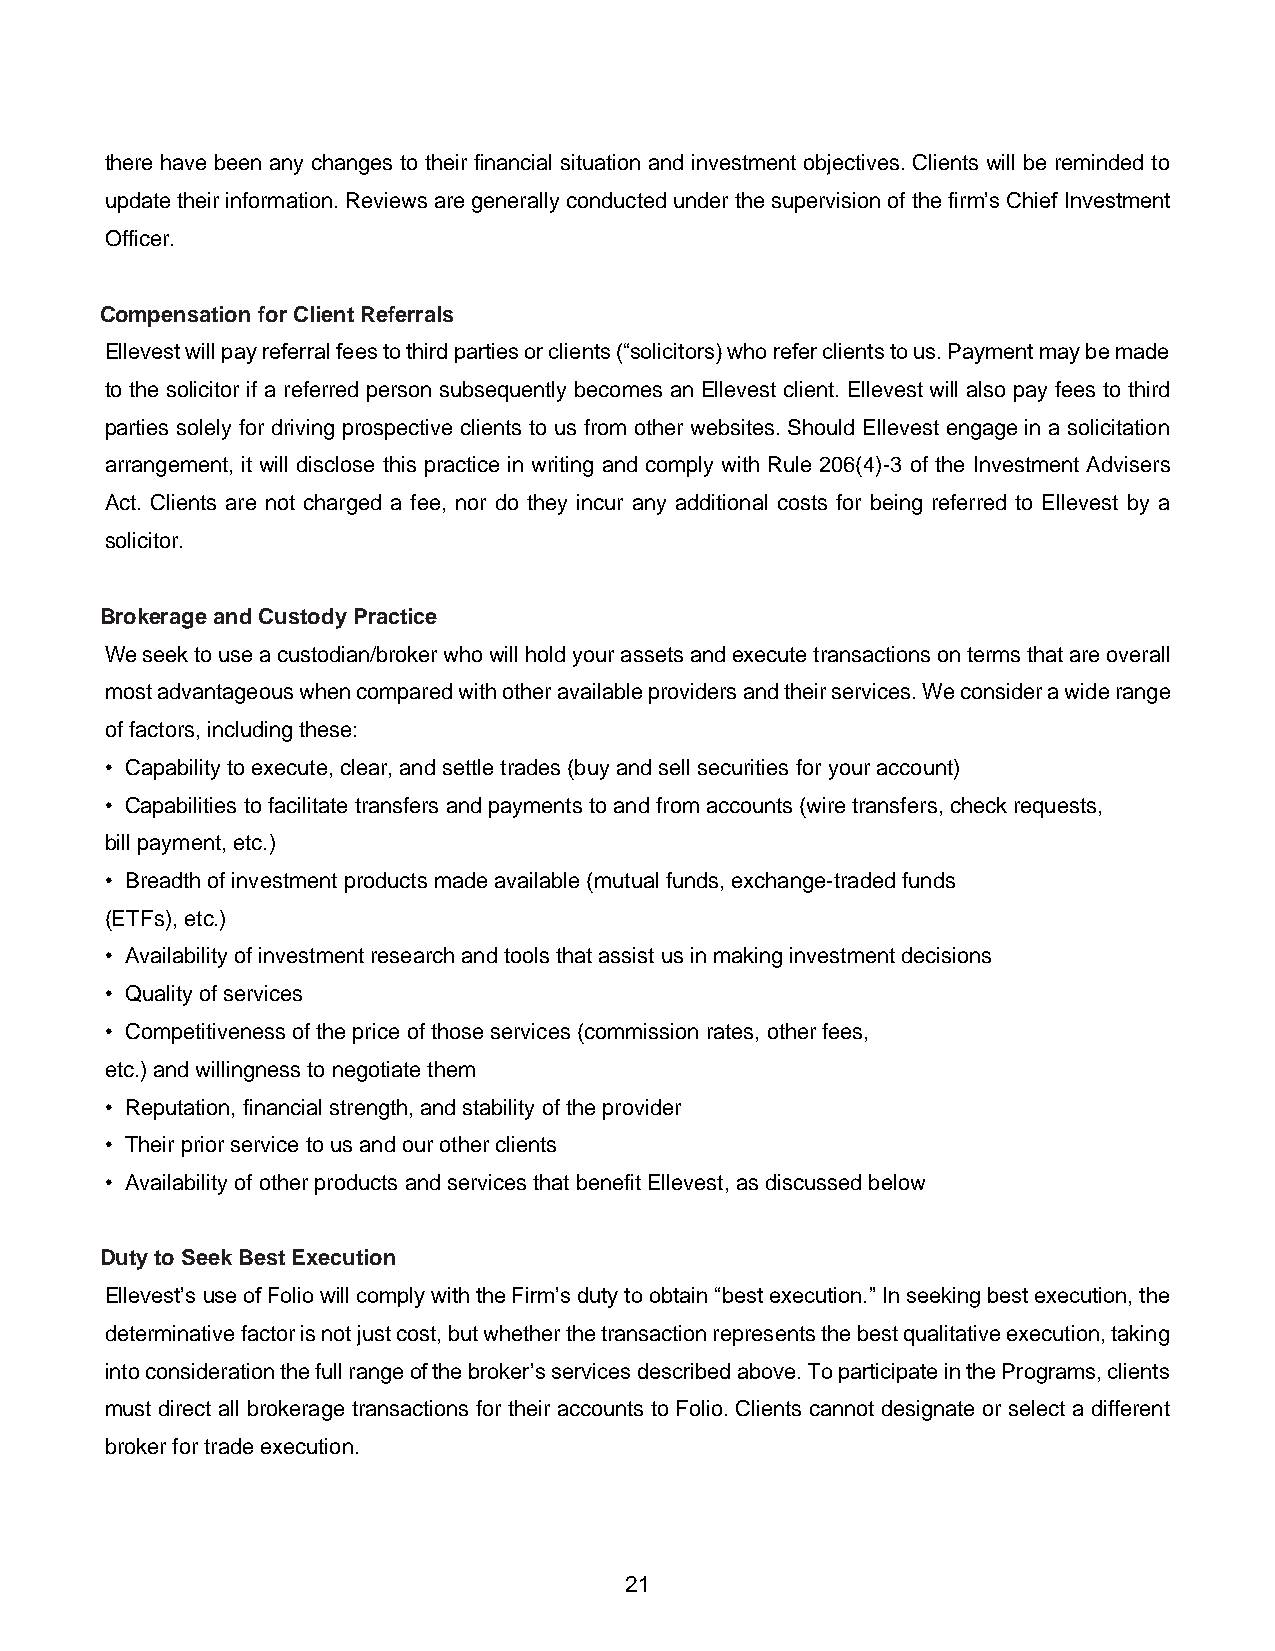
there have been any changes to their financial situation and investment objectives. Clients will be reminded to
 update their information. Reviews are generally conducted under the supervision of the firm’s Chief Investment
 Officer.
 Compensation for Client Referrals
 Ellevest will pay referral fees to third parties or clients (“solicitors) who refer clients to us. Payment may be made
 to the solicitor if a referred person subsequently becomes an Ellevest client. Ellevest will also pay fees to third
 parties solely for driving prospective clients to us from other websites. Should Ellevest engage in a solicitation
 arrangement, it will disclose this practice in writing and comply with Rule 206(4)-3 of the Investment Advisers
 Act. Clients are not charged a fee, nor do they incur any additional costs for being referred to Ellevest by a
 solicitor.
 Brokerage and Custody Practice
 We seek to use a custodian/broker who will hold your assets and execute transactions on terms that are overall
 most advantageous when compared with other available providers and their services. We consider a wide range
 of factors, including these:
 • Capability to execute, clear, and settle trades (buy and sell securities for your account)
 • Capabilities to facilitate transfers and payments to and from accounts (wire transfers, check requests,
 bill payment, etc.)
 • Breadth of investment products made available (mutual funds, exchange-traded funds
 (ETFs), etc.)
 • Availability of investment research and tools that assist us in making investment decisions
 • Quality of services
 • Competitiveness of the price of those services (commission rates, other fees,
 etc.) and willingness to negotiate them
 • Reputation, financial strength, and stability of the provider
 • Their prior service to us and our other clients
 • Availability of other products and services that benefit Ellevest, as discussed below
 Duty to Seek Best Execution
 Ellevest’s use of Folio will comply with the Firm’s duty to obtain “best execution.” In seeking best execution, the
 determinative factor is not just cost, but whether the transaction represents the best qualitative execution, taking
 into consideration the full range of the broker’s services described above. To participate in the Programs, clients
 must direct all brokerage transactions for their accounts to Folio. Clients cannot designate or select a different
 broker for trade execution.
 21